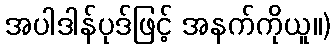
အပါဒါန်ပုဒ်ဖြင့် အနက်ကိုယူ။)